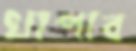
খাপাব